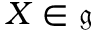
X \in { \mathfrak { g } }